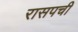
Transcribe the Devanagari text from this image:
रासपची